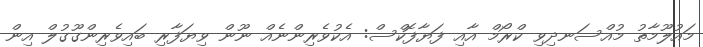
މައުލޫމާތު މުއްސަނދިވި ކްރޯމް އާއި ފަޔާފޮކްސް: އެކުވެރިންނެއް ނޫން ވިޔަފާރި ބައިވެރިންގޫގުލް އިން